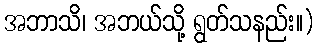
အဘာသိ၊ အဘယ်သို့ ရွတ်သနည်း။)